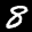
Label: 8